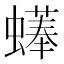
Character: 𧑑